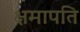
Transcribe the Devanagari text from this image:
क्षमापति